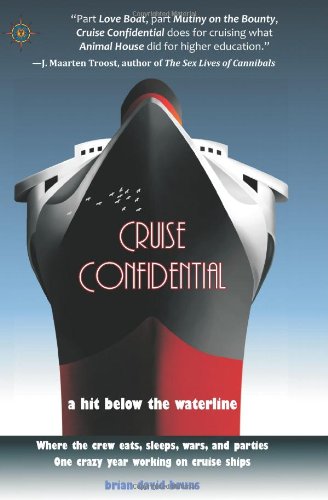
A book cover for Cruise Confidential: A Hit Below the Waterline: Where the Crew Lives, Eats, Wars, and PartiesE¦ One Crazy Year Working on Cruise Ships (Travelers' Tales); Brian David Bruns; Humor & Entertainment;